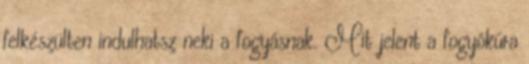
felkészülten indulhatsz neki a fogyásnak. Mit jelent a fogyókúra